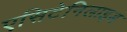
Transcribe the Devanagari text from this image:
एसिटेनिलाइड